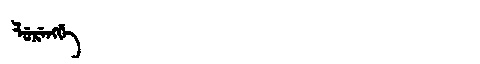
Manchu: ᠯᡠᡵᡝᠩᡤᡝ
Romanization: LURENGGE